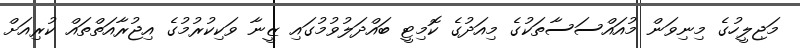
މަޖިލީހުގެ މިނިވަން މުއައްސަސާތަކުގެ މިއަދުގެ ކޮމިޓީ ބައްދަލުވުމުގައި ޒީނާ ވަކިކުރުމުގެ އިޖުރާއަތްތައް ކުރިއަށް